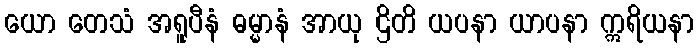
ယော တေသံ အရူပီနံ ဓမ္မာနံ အာယု ဌိတိ ယပနာ ယာပနာ ဣရိယနာ